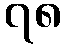
၇၈